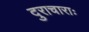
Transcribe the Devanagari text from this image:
दुराचाराः